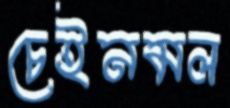
চেইনমল